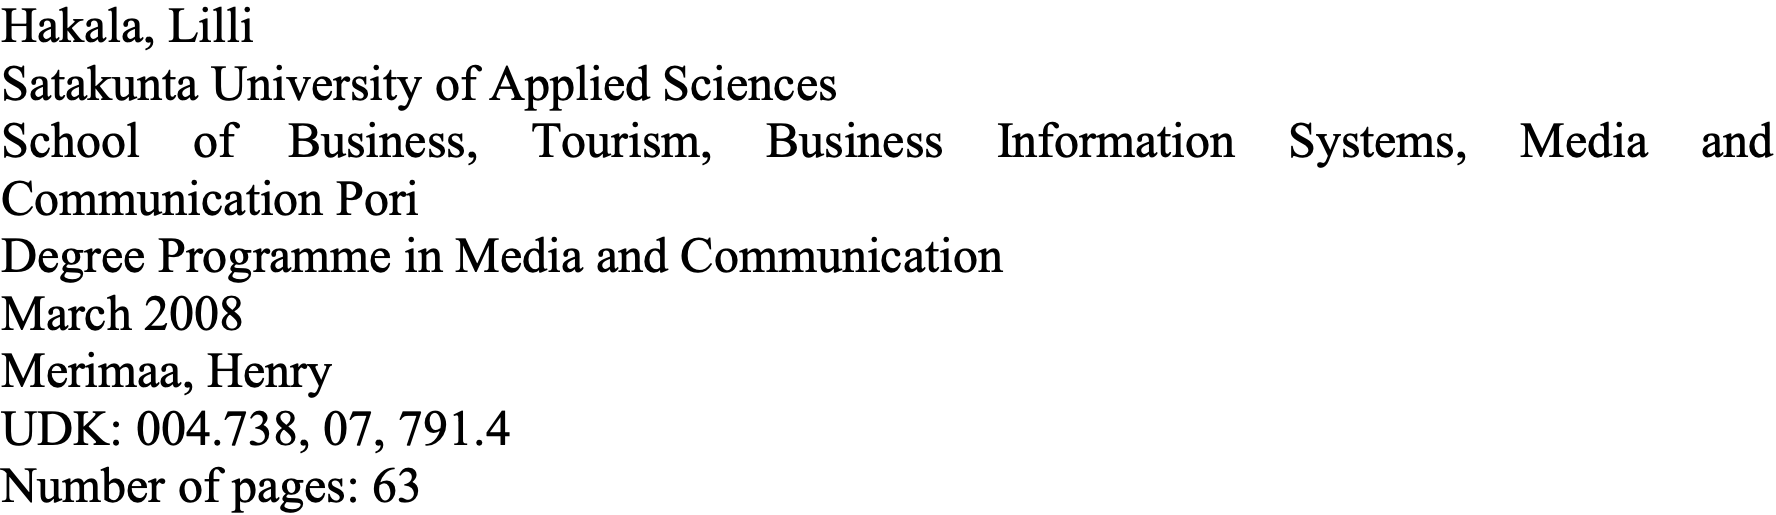
Hakala, Lilli Satakunta University of Applied Sciences School of Business, Tourism, Business Information Systems, Media and Communication Pori Degree Programme in Media and Communication March 2008 Merimaa, Henry UDK: 004.738, 07, 791.4 Number of pages: 63